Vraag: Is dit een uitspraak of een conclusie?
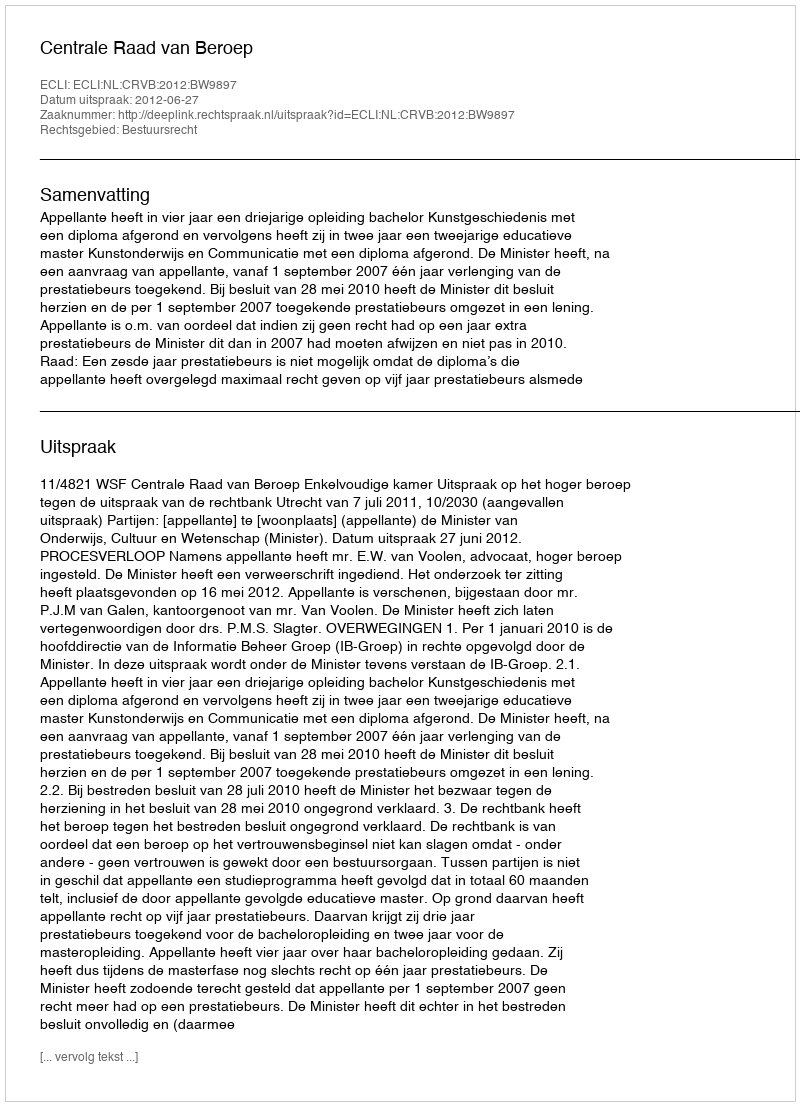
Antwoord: Uitspraak